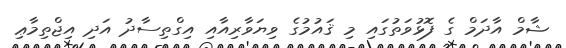
ޝާމް އާދަމް ގެ ފޮޅުވަތުގައި މި ޤައުމުގެ ވިޔަވާރިއާއި އިގްތިސާދު އަދި އިޖްތިމާޢި